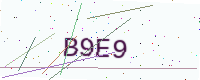
Text: B9E9